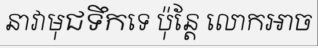
នាវាមុជទឹកទេ ប៉ុន្តែ លោកអាច